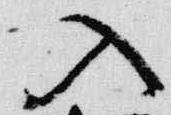
入